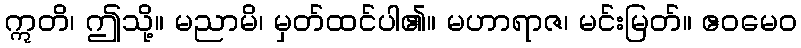
ဣတိ၊ ဤသို့။ မညာမိ၊ မှတ်ထင်ပါ၏။ မဟာရာဇ၊ မင်းမြတ်။ ဧဝမေဝ